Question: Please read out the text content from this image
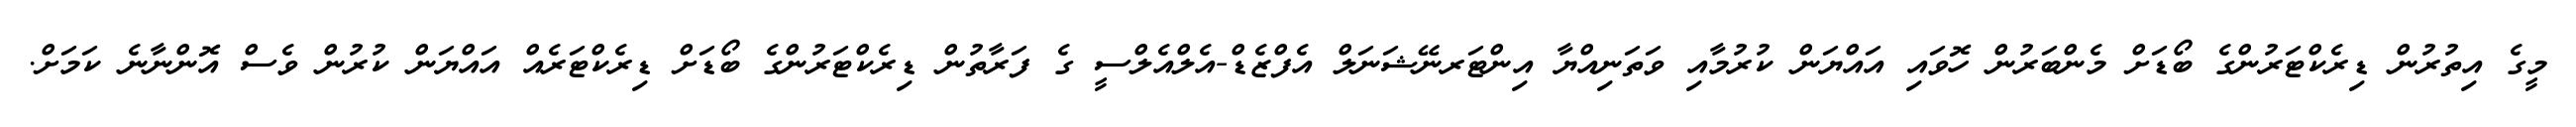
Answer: މީގެ އިތުރުން ޑިރެކްޓަރުންގެ ބޯޑަށް މެންބަރުން ހޮވައި އައްޔަން ކުރުމާއި ވަތަނިއްޔާ އިންޓަރނޭޝަނަލް އެފްޒެޑް-އެލްއެލްސީ ގެ ފަރާތުން ޑިރެކްޓަރުންގެ ބޯޑަށް ޑިރެކްޓަރެއް އައްޔަން ކުރުން ވެސް އޮންނާނެ ކަމަށް.